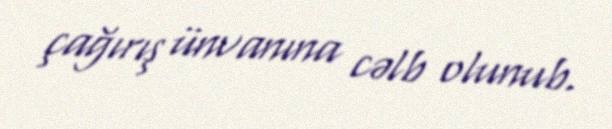
çağırış ünvanına cəlb olunub.